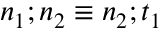
n _ { 1 } ; n _ { 2 } \equiv n _ { 2 } ; t _ { 1 }